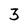
Character: 3